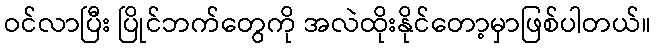
ဝင်လာပြီး ပြိုင်ဘက်တွေကို အလဲထိုးနိုင်တော့မှာဖြစ်ပါတယ်။